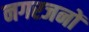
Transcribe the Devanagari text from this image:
नगरजनों